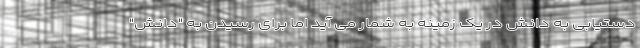
دستیابی به دانش در یک زمینه به شمار می آید اما برای رسیدن به "دانش"